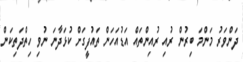
ދަންވަރު މަންމަ ބިރުން ރުއި ރުއިންތައް އަޑުއަހަން ތައުފީގަށް ކުޅަދާނަ ނުވި ހިތްދަތިކަން